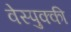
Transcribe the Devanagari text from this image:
वेस्पुक्की